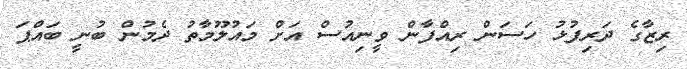
ރިޒާގެ ދަރިފުޅު ހަސަން ރިއްފާން ވީނިއުސް އަށް މައުލޫމާތު ދެމުން ބުނީ ބައްޕަ